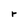
Character: r